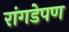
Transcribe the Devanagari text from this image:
रांगडेपण